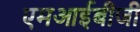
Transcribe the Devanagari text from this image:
एमआईबीजी